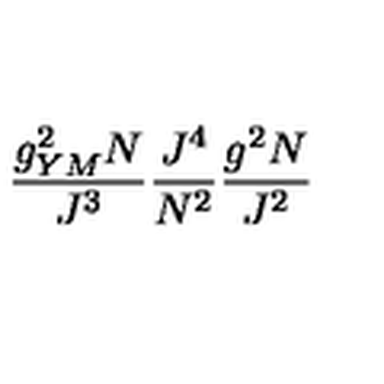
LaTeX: \frac { g _ { Y M } ^ { 2 } N } { J ^ { 3 } } \frac { J ^ { 4 } } { N ^ { 2 } } \frac { g ^ { 2 } N } { J ^ { 2 } }